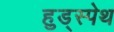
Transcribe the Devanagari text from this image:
हुड्स्पेथ